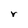
Character: r